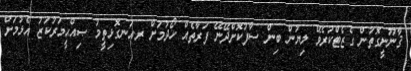
ޤާނޫނީގޮތުން ގެޒެޓްކުރެވޭ ލިޔުން ބިން ސާފުކޮށްދޭނޭ ފަރާތެއް ހޯދުމަށް ރ.އަނގޮޅިތީމު ޞިއްޙީމަރުކަޒު އެޅުމަށް